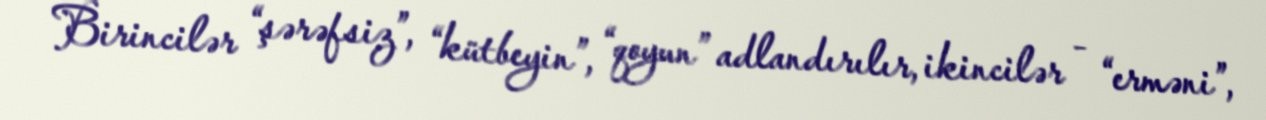
Birincilər “şərəfsiz”, “kütbeyin”, “qoyun” adlandırılır, ikincilər - “erməni”,